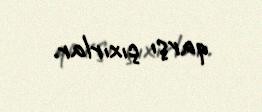
qarşı çıxırlar.